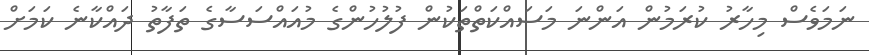
ނަމަވެސް މިހާރު ކުރަމުން އަންނަ މަސައްކަތްތަކުން ފުލުހުންގެ މުއައްސަސާގެ ތަފާތު ދައްކާނެ ކަމަށް